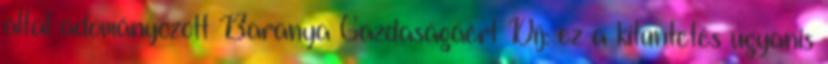
által adományozott Baranya Gazdaságáért Díj: ez a kitüntetés ugyanis